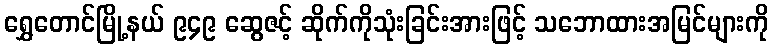
ရွှေတောင်မြို့နယ် ၉၄၉ ဆွေဇင့် ဆိုက်ကိုသုံးခြင်းအားဖြင့် သဘောထားအမြင်များကို